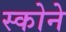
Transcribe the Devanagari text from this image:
स्कोने